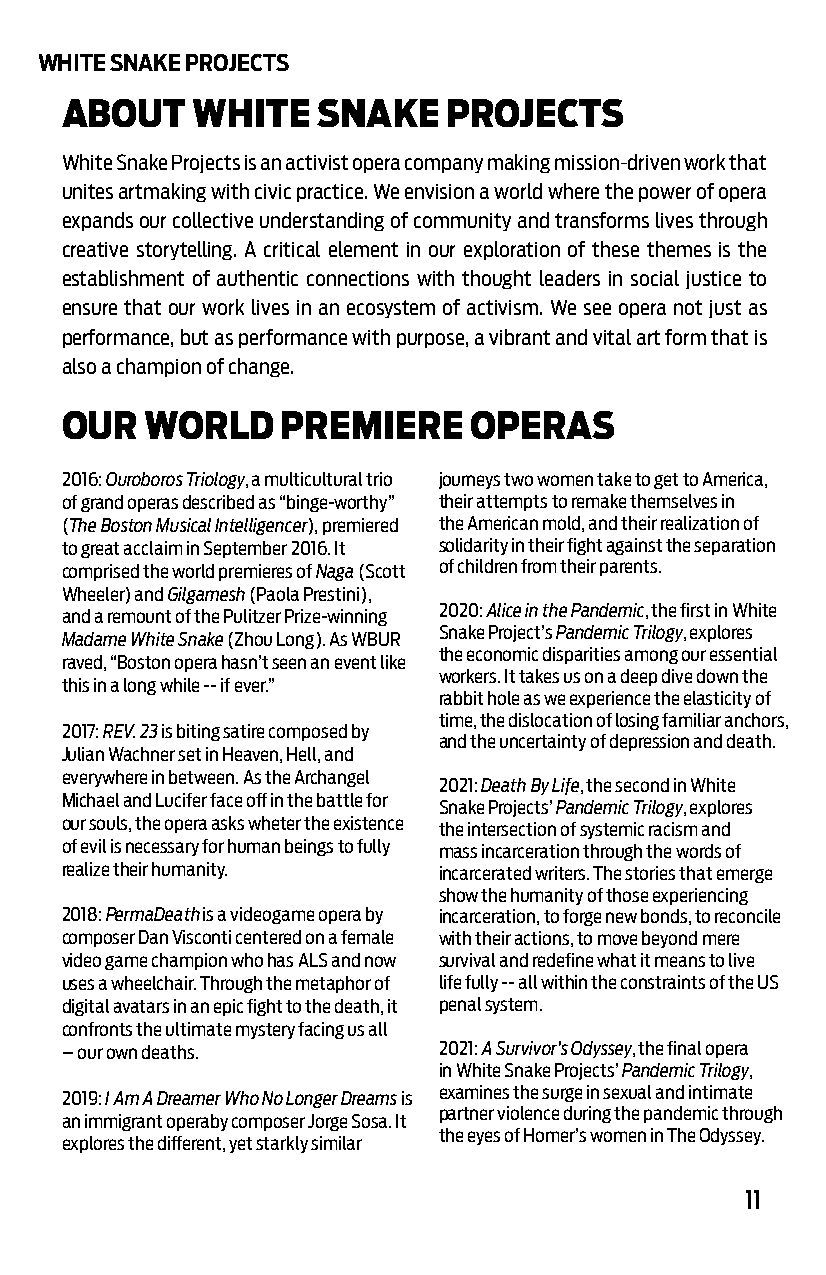
WHITE SNAKE PROJECTS
 ABOUT    WHITE   SNAKE   PROJECTS
 White Snake Projects is an activist opera company making mission-driven work that
 unites artmaking with civic practice. We envision a world where the power of opera
 expands our collective understanding of community and transforms lives through
 creative storytelling. A critical element in our exploration of these themes is the
 establishment of authentic connections with thought leaders in social justice to
 ensure that our work lives in an ecosystem of activism. We see opera not just as
 performance, but as performance with purpose, a vibrant and vital art form that is
 also a champion of change.
 OUR   WORLD    PREMIERE    OPERAS
 2016: Ouroboros Triology, a multicultural trio journeys two women take to get to America,
 of grand operas described as “binge-worthy” their attempts to remake themselves in
 (The Boston Musical Intelligencer), premiered the American mold, and their realization of
 to great acclaim in September 2016. It solidarity in their fight against the separation
 comprised the world premieres of Naga (Scott of children from their parents.
 Wheeler) and Gilgamesh (Paola Prestini),
 2020: Alice in the Pandemic, the first in White
 and a remount of the Pulitzer Prize-winning
 Snake Project’s Pandemic Trilogy, explores
 Madame White Snake (Zhou Long). As WBUR
 the economic disparities among our essential
 raved, “Boston opera hasn’t seen an event like
 workers. It takes us on a deep dive down the
 this in a long while -- if ever.”
 rabbit hole as we experience the elasticity of
 time, the dislocation of losing familiar anchors,
 2017: REV. 23 is biting satire composed by
 and the uncertainty of depression and death.
 Julian Wachner set in Heaven, Hell, and
 everywhere in between. As the Archangel
 2021: Death By Life, the second in White
 Michael and Lucifer face off in the battle for
 Snake Projects’ Pandemic Trilogy, explores
 our souls, the opera asks wheter the existence
 the intersection of systemic racism and
 of evil is necessary for human beings to fully mass incarceration through the words of
 realize their humanity.  incarcerated writers. The stories that emerge
 show the humanity of those experiencing
 2018: PermaDeath is a videogame opera by incarceration, to forge new bonds, to reconcile
 composer Dan Visconti centered on a female with their actions, to move beyond mere
 video game champion who has ALS and now survival and redefine what it means to live
 uses a wheelchair. Through the metaphor of life fully -- all within the constraints of the US
 digital avatars in an epic fight to the death, it penal system.
 confronts the ultimate mystery facing us all
 -- our own deaths.       2021: A Survivor’s Odyssey, the final opera
 in White Snake Projects’ Pandemic Trilogy,
 2019: I Am A Dreamer Who No Longer Dreams is examines the surge in sexual and intimate
 partner violence during the pandemic through
 an immigrant operaby composer Jorge Sosa. It
 the eyes of Homer’s women in The Odyssey.
 explores the different, yet starkly similar
 11